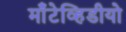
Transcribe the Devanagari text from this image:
माँटेव्हिडीयो